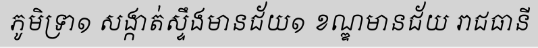
ភូមិទ្រា១ សង្កាត់ស្ទឹងមានជ័យ១ ខណ្ឌមានជ័យ រាជធានី